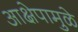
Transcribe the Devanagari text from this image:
आक्षेपामुळे